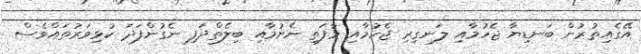
އޭގެއިތުރުން ބަނޑިޔާ ޖެހުމާއި ލަނގިރި ޖެހުމާއި މާފަތި ނެށުމާއި ބިލެތްދަފި ނެގުންފަދަ ކުޅިވަރުތައްވެސް